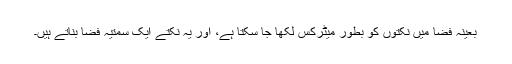
بعینہ فضا میں نکتوں کو بطور میٹرکس لکھا جا سکتا ہے، اور یہ نکتے ایک سمتیہ فضا بناتے ہیں۔